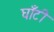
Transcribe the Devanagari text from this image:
घाँटी